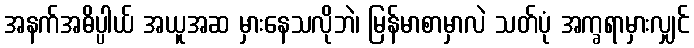
အနက်အဓိပ္ပါယ် အယူအဆ မှားနေသလိုဘဲ၊ မြန်မာစာမှာလဲ သတ်ပုံ အက္ခရာမှားလျှင်